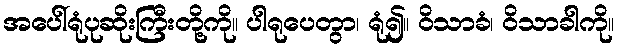
အပေါ်ရုံပုဆိုးကြီးတို့ကို။ ပါရုပေတွာ၊ ရုံ၍။ ဝိသာခံ၊ ဝိသာခါကို။